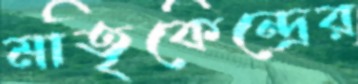
মাতৃকেন্দ্রের